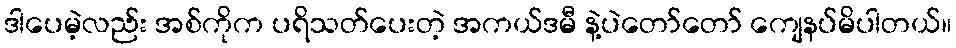
ဒါပေမဲ့လည်း အစ်ကိုက ပရိသတ်ပေးတဲ့ အကယ်ဒမီ နဲ့ပဲတော်တော် ကျေနပ်မိပါတယ်။